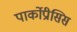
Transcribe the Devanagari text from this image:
पार्कोप्रीसिस